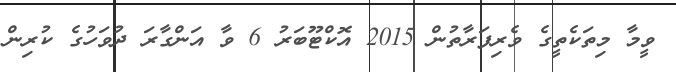
ވީމާ މިތަކެތީގެ ވެރިފަރާތުން 2015 އޮކްޓޫބަރު 6 ވާ އަންގާރަ ދުވަހުގެ ކުރިން